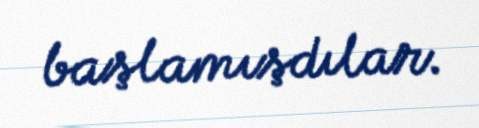
başlamışdılar.